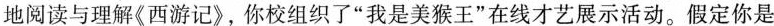
地阅读与理解《西游记》，你校组织了”我是美猴王”在线才艺展示活动。假定你是